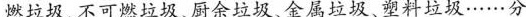
燃垃圾、不可燃垃圾、厨余垃圾、金属垃圾、塑料垃圾······分